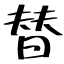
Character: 替